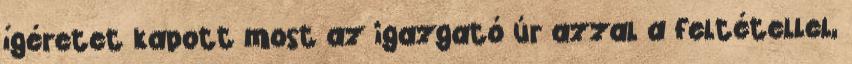
ígéretet kapott most az igazgató úr azzal a feltétellel,